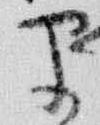
早